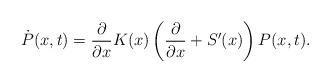
LaTeX: \begin{align*}\dot{P}(x,t)=\frac{\partial}{\partial x}K(x)\left(\frac{\partial}{\partial x}+S'(x)\right)P(x,t).\end{align*}